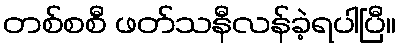
တစ်စစီ ဖတ်သနီလန်ခဲ့ရပါပြီ။